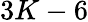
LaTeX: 3K-6